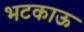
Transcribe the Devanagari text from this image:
भटकाऊ